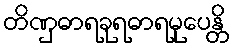
တိဏှဓာရခုရဓာရမုပေန္တိ